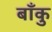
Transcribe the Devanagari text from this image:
बाँकु